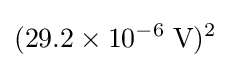
(29.2\times 10^{-6}\;\mathrm {V} )^{2}